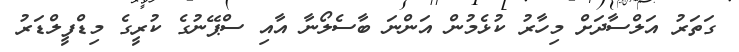
ގަތަރު އަލްސާދަށް މިހާރު ކުޅެމުން އަންނަ ބާސެލޯނާ އާއި ސްޕޭނުގެ ކުރީގެ މިޑްފީލްޑަރު